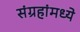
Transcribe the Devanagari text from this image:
संग्रहांमध्ये